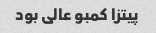
پیتزا کمبو عالی بود